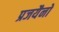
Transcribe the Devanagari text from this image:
प्रजयैनो